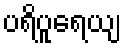
ပရိပူရေယျ